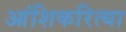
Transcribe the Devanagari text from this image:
आंशिकरित्या